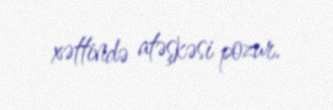
xəttində atəşkəsi pozur.